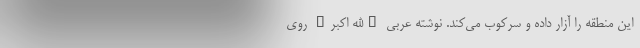
این منطقه را آزار داده و سرکوب می‌کند. نوشته عربی "الله اکبر" روی